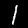
Label: 1